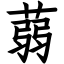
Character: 蒻